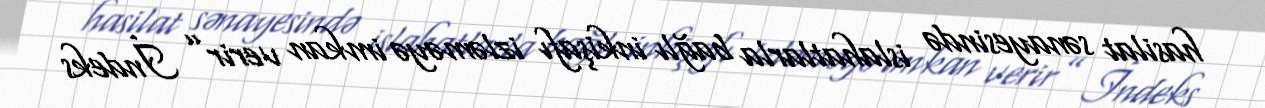
hasilat sənayesində islahatlarla bağlı inkişafı izləməyə imkan verir” İndeks